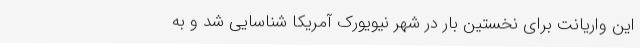
این واریانت برای نخستین بار در شهر نیویورک آمریکا شناسایی شد و به